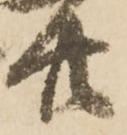
廿